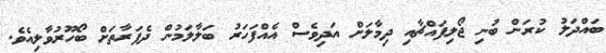
ބައްދަލު ކުރަން ބުނި ޖޯލިފައްޗާއި ދިމާލަށް އަދިވެސް އެއްފަހަރު ބަލާލަމުން ދެފަރާތަށް ބޯހޫރުވާލިއެވެ.